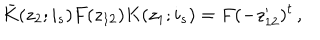
\bar { K } ( z _ { 2 } ; i _ { s } ) F ( z _ { 1 2 } ) K ( z _ { 1 } ; i _ { s } ) = F ( - z _ { 1 2 } ^ { \prime } ) ^ { t } \, ,